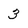
Character: 3